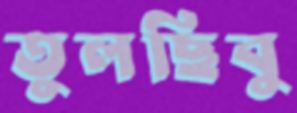
তুলছিবু